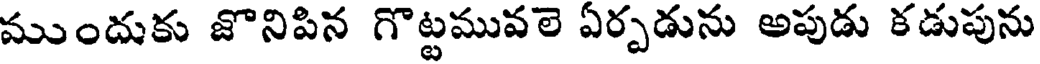
ముందుకు జొనిపిన గొట్టమువలె ఏర్పడును అపుడు కడుపును